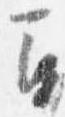
間